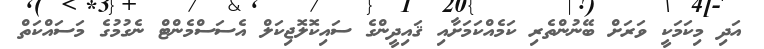
އަދި މިކަމަކީ ވަރަށް ބޭނުންތެރި ކަމެއްކަމަށާއި ޤައިދީންގެ ސައިކޮލޮޖިކަލް އެސަސްމެންޓް ނެގުމުގެ މަސައްކަތް